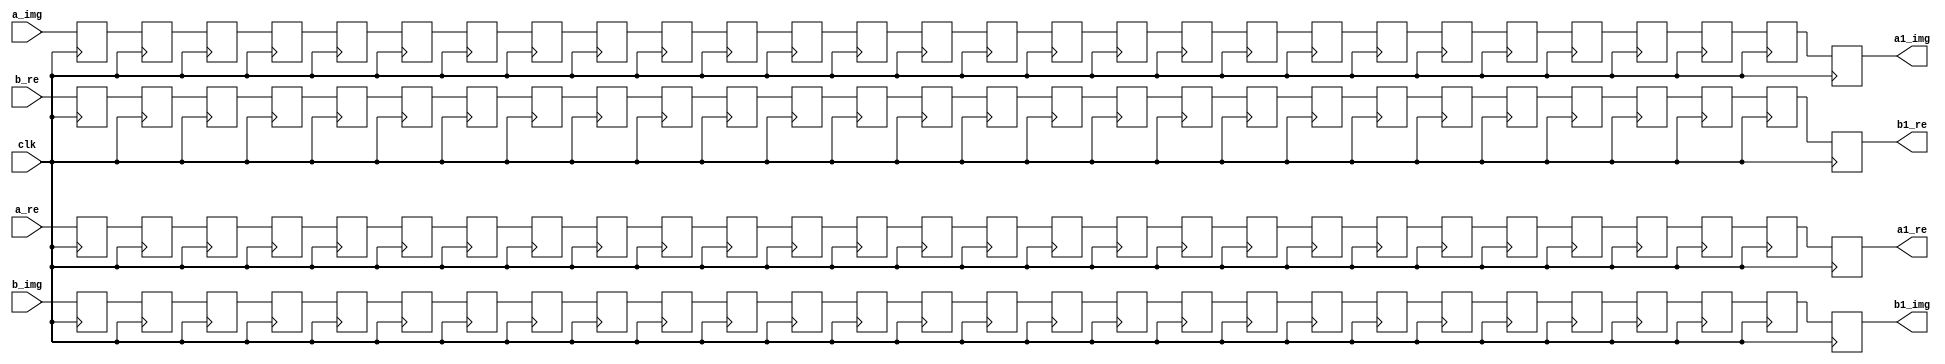
`timescale 1ns / 1ps
//////////////////////////////////////////////////////////////////////////////////
// Company: 
// Engineer: 
// 
// Design Name: 
// Module Name:    buf_25 
// Project Name: 
// Target Devices: 
// Tool versions: 
// Description: 
//
// Dependencies: 
//
// Revision: 
// Revision 0.01 - File Created
// Additional Comments: 
//
//////////////////////////////////////////////////////////////////////////////////
module buf_25(
    input [31:0] a_re,
    input [31:0] a_img,
    input [31:0] b_re,
    input [31:0] b_img,
    input clk,
    output reg [31:0] a1_re,
    output reg [31:0] a1_img,
    output reg [31:0] b1_re,
    output reg [31:0] b1_img
    );

reg [31:0] n0 [0:26];
reg [31:0] n1 [0:26];
reg [31:0] n2 [0:26];
reg [31:0] n3 [0:26];
always @(posedge clk) begin
n0[0]<=a_re;
n0[1]<=n0[0];
n0[2]<=n0[1];
n0[3]<=n0[2];
n0[4]<=n0[3];
n0[5]<=n0[4];
n0[6]<=n0[5];
n0[7]<=n0[6];
n0[8]<=n0[7];
n0[9]<=n0[8];
n0[10]<=n0[9];
n0[11]<=n0[10];
n0[12]<=n0[11];
n0[13]<=n0[12];
n0[14]<=n0[13];
n0[15]<=n0[14];
n0[16]<=n0[15];
n0[17]<=n0[16];
n0[18]<=n0[17];
n0[19]<=n0[18];
n0[20]<=n0[19];
n0[21]<=n0[20];
n0[22]<=n0[21];
n0[23]<=n0[22];
n0[24]<=n0[23];
n0[25]<=n0[24];
n0[26]<=n0[25];
a1_re<=n0[26];


n1[0]<=a_img;
n1[1]<=n1[0];
n1[2]<=n1[1];
n1[3]<=n1[2];
n1[4]<=n1[3];
n1[5]<=n1[4];
n1[6]<=n1[5];
n1[7]<=n1[6];
n1[8]<=n1[7];
n1[9]<=n1[8];
n1[10]<=n1[9];
n1[11]<=n1[10];
n1[12]<=n1[11];
n1[13]<=n1[12];
n1[14]<=n1[13];
n1[15]<=n1[14];
n1[16]<=n1[15];
n1[17]<=n1[16];
n1[18]<=n1[17];
n1[19]<=n1[18];
n1[20]<=n1[19];
n1[21]<=n1[20];
n1[22]<=n1[21];
n1[23]<=n1[22];
n1[24]<=n1[23];
n1[25]<=n1[24];
n1[26]<=n1[25];
a1_img<=n1[26];

n2[0]<=b_re;
n2[1]<=n2[0];
n2[2]<=n2[1];
n2[3]<=n2[2];
n2[4]<=n2[3];
n2[5]<=n2[4];
n2[6]<=n2[5];
n2[7]<=n2[6];
n2[8]<=n2[7];
n2[9]<=n2[8];
n2[10]<=n2[9];
n2[11]<=n2[10];
n2[12]<=n2[11];
n2[13]<=n2[12];
n2[14]<=n2[13];
n2[15]<=n2[14];
n2[16]<=n2[15];
n2[17]<=n2[16];
n2[18]<=n2[17];
n2[19]<=n2[18];
n2[20]<=n2[19];
n2[21]<=n2[20];
n2[22]<=n2[21];
n2[23]<=n2[22];
n2[24]<=n2[23];
n2[25]<=n2[24];
n2[26]<=n2[25];
b1_re<=n2[26];

n3[0]<=b_img;
n3[1]<=n3[0];
n3[2]<=n3[1];
n3[3]<=n3[2];
n3[4]<=n3[3];
n3[5]<=n3[4];
n3[6]<=n3[5];
n3[7]<=n3[6];
n3[8]<=n3[7];
n3[9]<=n3[8];
n3[10]<=n3[9];
n3[11]<=n3[10];
n3[12]<=n3[11];
n3[13]<=n3[12];
n3[14]<=n3[13];
n3[15]<=n3[14];
n3[16]<=n3[15];
n3[17]<=n3[16];
n3[18]<=n3[17];
n3[19]<=n3[18];
n3[20]<=n3[19];
n3[21]<=n3[20];
n3[22]<=n3[21];
n3[23]<=n3[22];
n3[24]<=n3[23];
n3[25]<=n3[24];
n3[26]<=n3[25];
b1_img<=n3[26];
end

endmodule